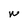
Character: W